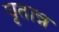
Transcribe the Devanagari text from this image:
घृतान्न